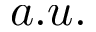
a . u .